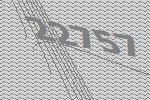
22757